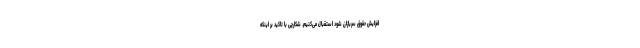
افزایش حقوق سربازان شود استقبال می‌کنیم. شکارچی با تاکید بر اینکه